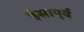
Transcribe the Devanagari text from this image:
र्इसापूर्व